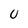
Character: U